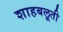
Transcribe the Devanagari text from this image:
शाहबलूती